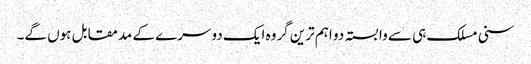
سنی مسلک ہی سے وابستہ دو اہم ترین گروہ ایک دوسرے کے مدمقابل ہوں گے۔